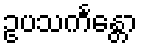
ဥပသင်္ကန္တော